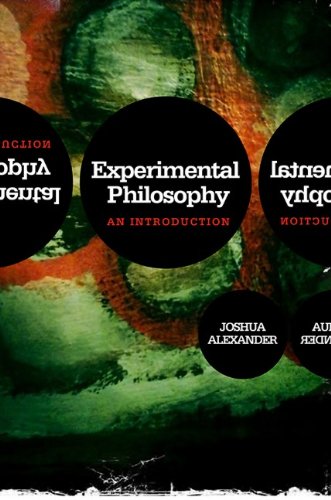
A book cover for Experimental Philosophy: An Introduction; Joshua Alexander; Politics & Social Sciences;